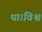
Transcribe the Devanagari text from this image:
था।विश्व